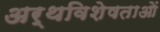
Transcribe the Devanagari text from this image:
अर्थविशेषताओं